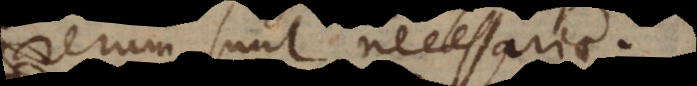
rerum sunt necessariae